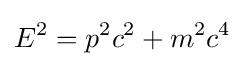
E^{2}=p^{2}c^{2}+m^{2}c^{4}\;